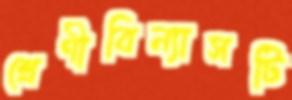
শ্রেণীবিন্যাসটি